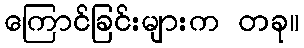
ကြောင်ခြင်းများက တခု။